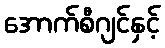
အောက်စီဂျင်နှင့်